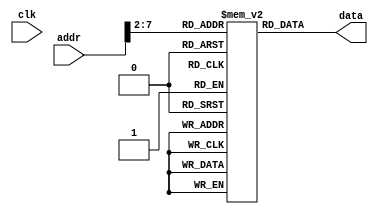
`timescale 1ns / 1ps
// by ccpizzadaisuki, modified 141103
// partly copied from github.com/jmahler/mips-cpu/
// Instruction Memory(single cycle).

/*
 * im.v - instruction memory
 *
 * Given a 32-bit address the data is latched and driven
 * on the rising edge of the clock.
 *
 */

`ifndef _im
`define _im


module im(data, clk, addr);
	output wire [31:0] 	data;
	input wire			clk;
	input wire 	[31:0] 	addr;

	reg [31:0] Imemory [0:63];  // 32-bit memory with 64 entries
	reg [9:0] k;
	initial begin
		for (k = 0; k < 64; k = k+1) begin
			Imemory[k] = 32'b0;
		end
		
		Imemory[0] = 32'b00100000000010000000000000100000; //addi
		Imemory[1] = 32'b00100000000010010000000000110111; //addi
		Imemory[2] = 32'b00000001000010011000000000100000; //add
		Imemory[3] = 32'b00000001000010011000100000100010; //sub
		Imemory[4] = 32'b00000001000010011001000000100100; //and
		Imemory[5] = 32'b00000001000010011001100000100101; //or
		Imemory[6] = 32'b00000001000010011010000000101010; //slt
		Imemory[7] = 32'b00010010100000000000000000000110; //beq
		Imemory[8] = 32'b00000001000010010101000000100000; //add
		Imemory[9] = 32'b00000001010010010101000000100000; //add
		Imemory[10] = 32'b00000001010010000101100000100000; //add
		Imemory[11] = 32'b10001100000101010000000000000100; //lw
		Imemory[12] = 32'b00000001010101011010100000100000; //add
		Imemory[13] = 32'b00000010101010111011100000100000; //add
		Imemory[14] = 32'b10101100000101010000000000001000; //sw
		Imemory[15] = 32'b00001000000000000000000000000110; //j
	end
	assign data = Imemory[addr[7:2]][31:0];
endmodule


`endif